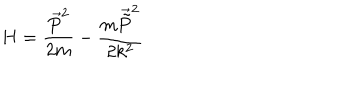
LaTeX: H = \frac { \overrightarrow { P } ^ { 2 } } { 2 m } - \frac { m \overrightarrow { \tilde { P } } ^ { 2 } } { 2 k ^ { 2 } }